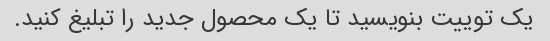
یک توییت بنویسید تا یک محصول جدید را تبلیغ کنید.